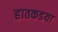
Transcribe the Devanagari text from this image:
हातकडया